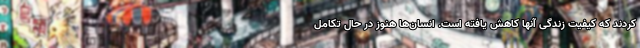
کردند که کیفیت زندگی آنها کاهش یافته است. انسان‌ها هنوز در حال تکامل